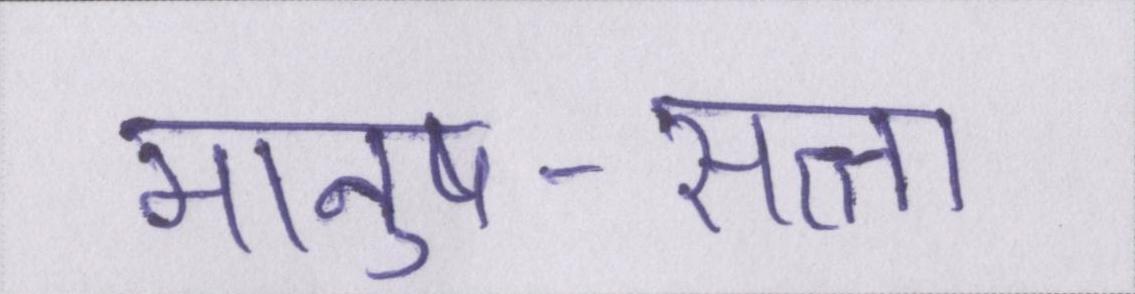
मानुष-सत्ता